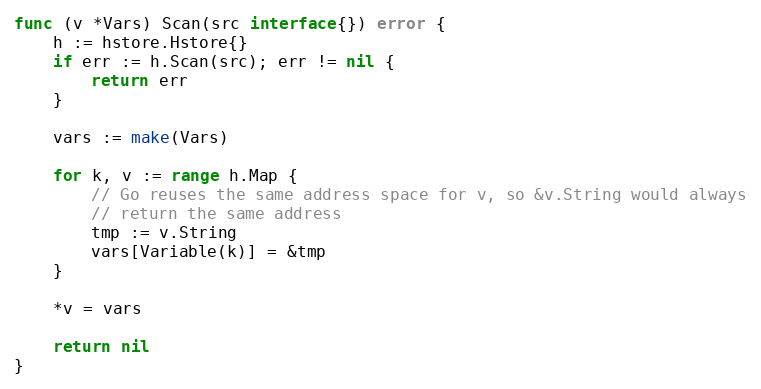
Language: Go
func (v *Vars) Scan(src interface{}) error {
	h := hstore.Hstore{}
	if err := h.Scan(src); err != nil {
		return err
	}

	vars := make(Vars)

	for k, v := range h.Map {
		// Go reuses the same address space for v, so &v.String would always
		// return the same address
		tmp := v.String
		vars[Variable(k)] = &tmp
	}

	*v = vars

	return nil
}